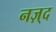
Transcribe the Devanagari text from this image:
नज़्द